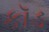
કૉડ